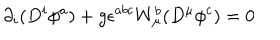
\partial _ { i } ( D ^ { i } \phi ^ { a } ) + g \epsilon ^ { a b c } W _ { \mu } ^ { b } ( D ^ { \mu } \phi ^ { c } ) = 0